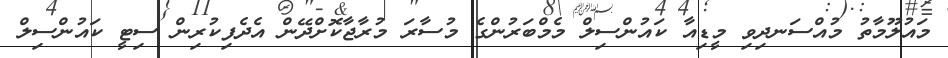
މައުލޫމާތު މުއްސަނދިވި މީޑިއާ ކައުންސިލް މެމްބަރުންގެ މުސާރަ މުރާޖާކޮށްދޭން އެދެފިކުރިން ސިޓީ ކައުންސިލް